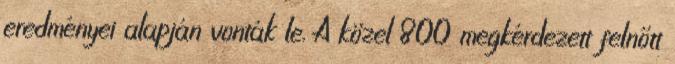
eredményei alapján vonták le. A közel 800 megkérdezett felnőtt